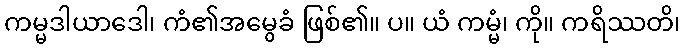
ကမ္မဒါယာဒေါ၊ ကံ၏အမွေခံ ဖြစ်၏။ ပ။ ယံ ကမ္မံ၊ ကို။ ကရိဿတိ၊